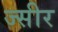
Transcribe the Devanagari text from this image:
ज्सीर